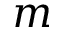
m